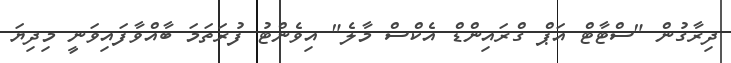
ދިރާގުން "ސްޓާޓް އަޕް ގްރައިންޑް އެކްސް މާލެ" އިވެންޓު ފުރަތަމަ ބާއްވާފައިވަނީ މިދިޔަ